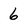
Character: 6